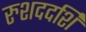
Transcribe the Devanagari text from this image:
रुशददर्शि